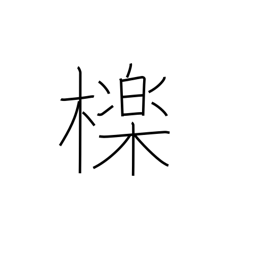
Meaning: oak used for charcoal